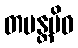
တပန္တမိဝ